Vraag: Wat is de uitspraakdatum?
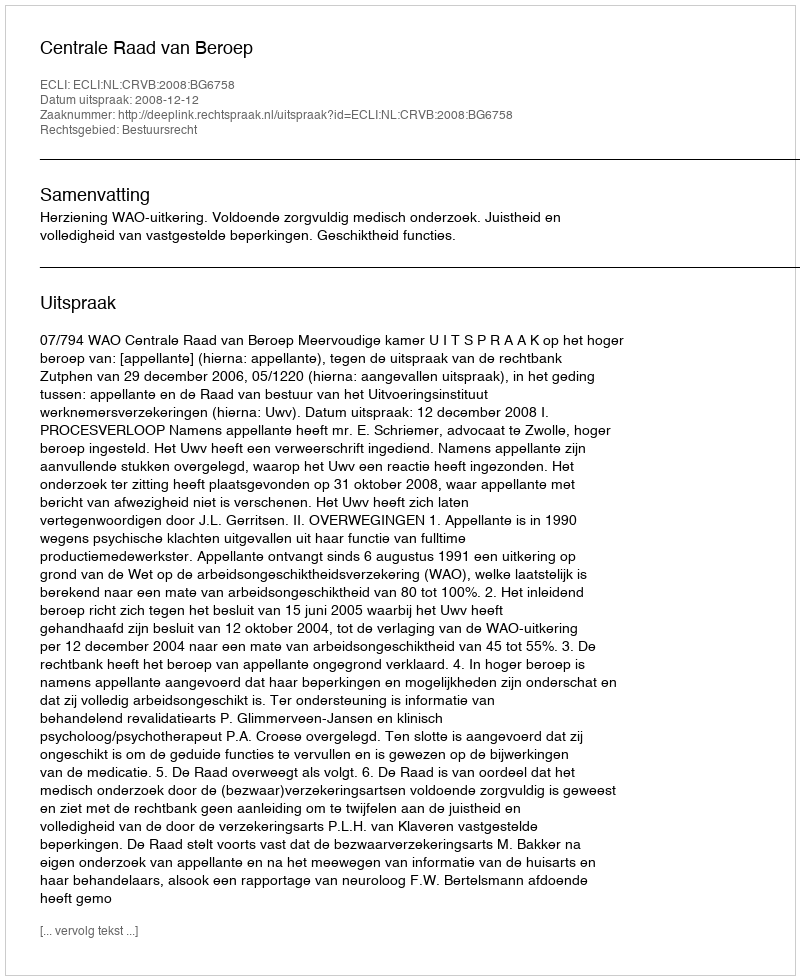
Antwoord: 2008-12-12